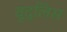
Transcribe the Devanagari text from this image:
वूद्लिस